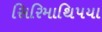
સિરિમાથિપયા